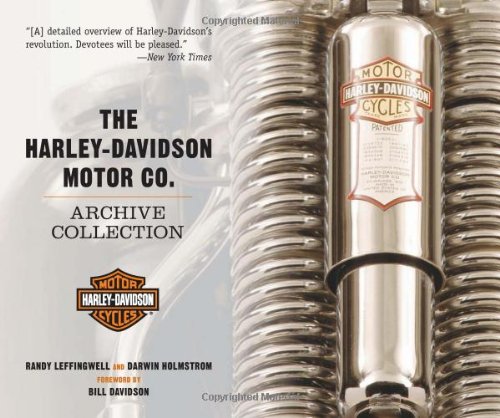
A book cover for The Harley-Davidson Motor Co. Archive Collection; Darwin Holmstrom; Engineering & Transportation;